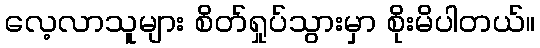
လေ့လာသူများ စိတ်ရှုပ်သွားမှာ စိုးမိပါတယ်။